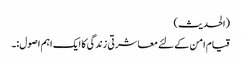
(الحدیث)
قیام امن کے لئے معاشرتی زندگی کا ایک اہم اصول:۔